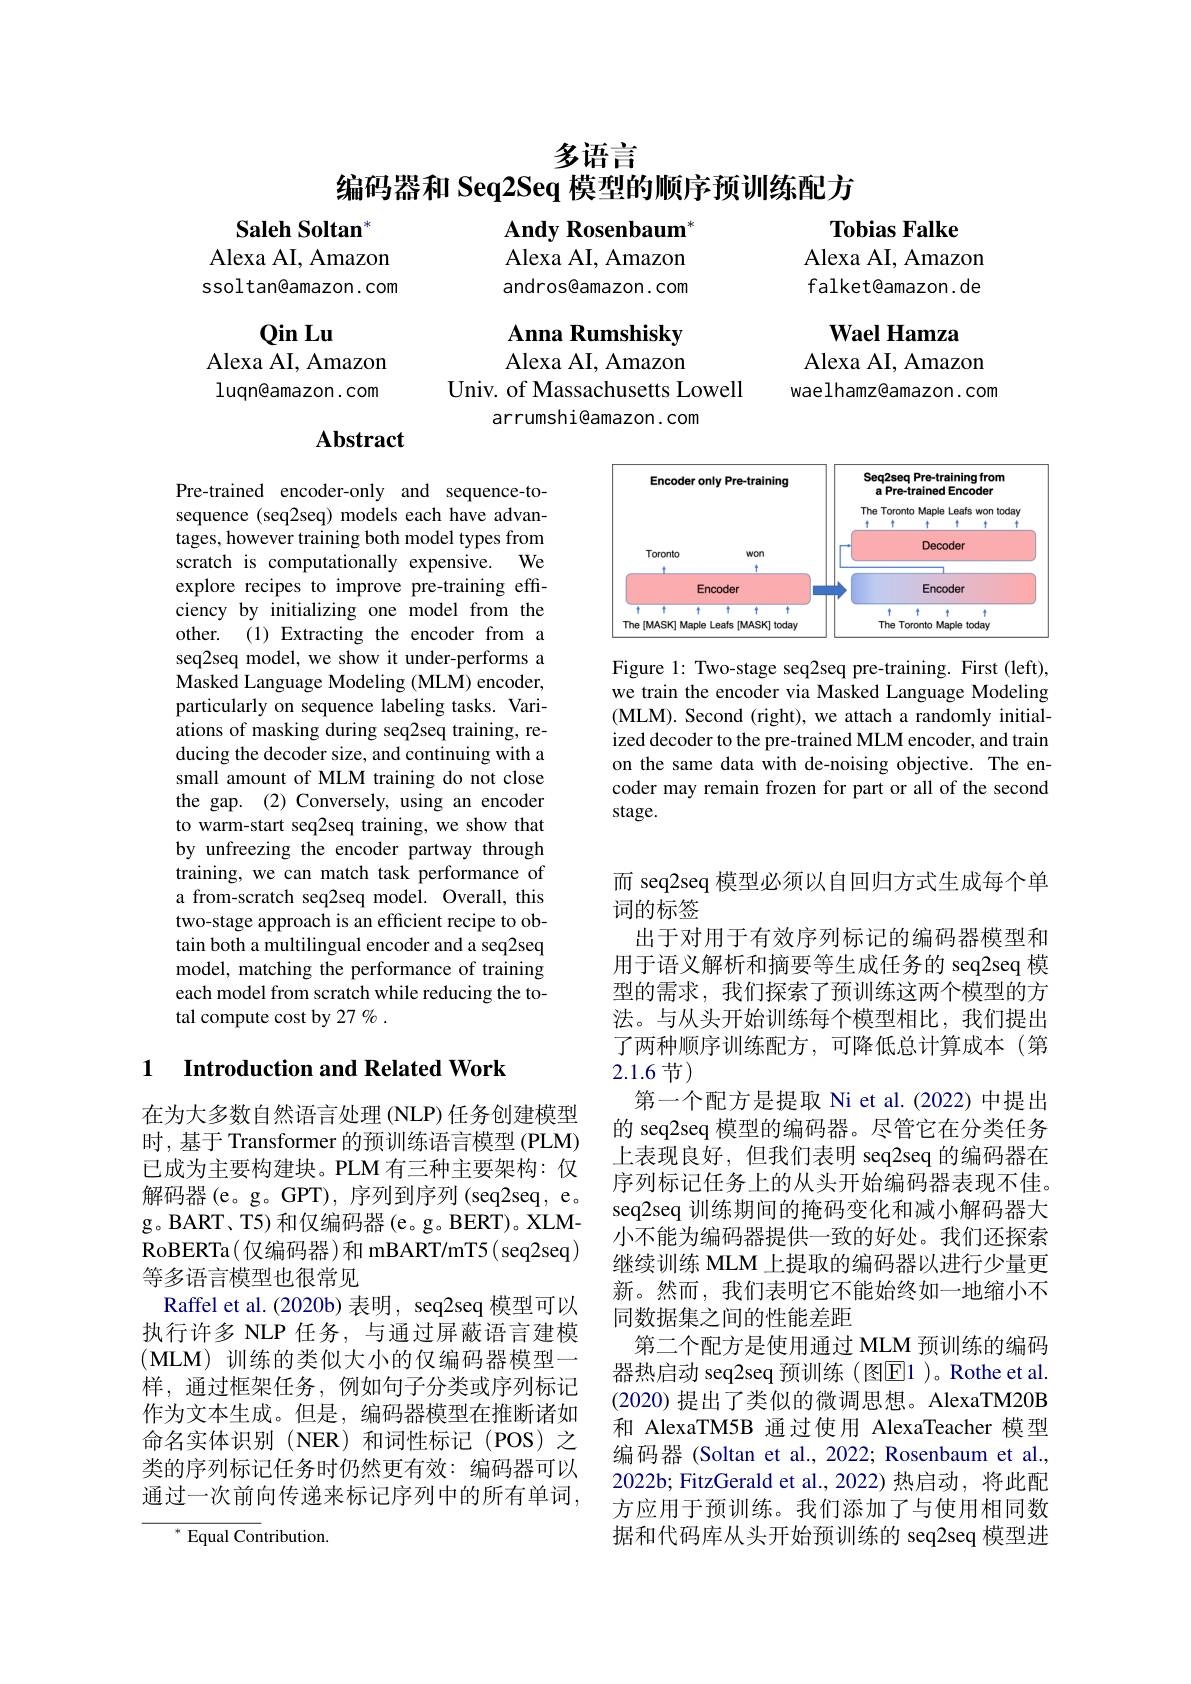
多语言

编码器和 Seq2Seq 模型的顺序预训练配方

Andy Rosenbaum"

Tobias Falke
Alexa AI, Amazon falket@amazon.de

Saleh Soltan
Alexa AI, Amazon ssoltan@amazon.com

Alexa AI, Amazon

andros@amazon.com

Anna Rumshisky Alexa AI, Amazon

QinLu
Alexa AI, Amazon luqn@amazon.com

Wael Hamza
Alexa AI, Amazon waelhamz@amazon.com

Univ. of Massachusetts Lowell
arrumshi@amazon.com

## $\mathbf{Abstract}$

<FigureHere>

Figure 1: Two-stage seq2seq pre-training. First (left), we train the encoder via Masked Language Modeling (MLM). Second (right), we attach a randomly initialized decoder to the pre-trained MLM encoder, and train on the same data with de-noising objective. The encoder may remain frozen for part or all of the second stage.

Pre-trained encoder-only and sequence-tosequence (seq2seq) models each have advantages, however training both model types from scratch is computationally expensive. We explore recipes to improve pre-training efficiency by initializing one model from the other.(1) Extracting the encoder from a seq2seq model, we show it under-performs a $\hat{\text{Masked Language Modeling (MLM) encoder,}}$ particularly on sequence labeling tasks. Variations of masking during seq2seq training, reducing the decoder size, and continuing with a small amount of MLM training do not close the gap. (2) Conversely, using an encoder to warm-start seq2seq training, we show that by unfreezing the encoder partway through training, we can match task performance of a from-scratch seq2seq model. Overall, this two-stage approach is an efficient recipe to obtain both a multilingual encoder and a seq2seq model, matching the performance of training each model from scratch while reducing the total compute cost by 27 % .

而 seq2seq 模型必须以自回归方式生成每个单
词的标签
出于对用于有效序列标记的编码器模型和用于语义解析和摘要等生成任务的 seq2seq 模型的需求，我们探索了预训练这两个模型的方法。与从头开始训练每个模型相比，我们提出了两种顺序训练配方，可降低总计算成本(第2.1.6节)

### 1 $\textbf{Introduction and Related Work}$

# 第一个配方是提取 Ni et al.(2022)中提出

在为大多数自然语言处理 (NLP) 任务创建模型时，基于 Transformer 的预训练语言模型 (PLM) 已成为主要构建块。PLM 有三种主要架构：仅解码器(e。g。GPT), 序列到序列 (seq2seq, e。g。BART、T5) 和仅编码器(e。g。BERT)。XLMRoBERTa(仅编码器)和 mBART/mT5(seq2seq) 等多语言模型也很常见
Raffel et al. ( 2020b) 表 明 , seq2seq 模 型 可 以 执行许多 NLP 任务，与通过屏蔽语言建模(MLM)训练的类似大小的仅编码器模型一样，通过框架任务，例如句子分类或序列标记作为文本生成。但是，编码器模型在推断诸如命名实体识别(NER)和词性标记(POS)之类的序列标记任务时仍然更有效：编码器可以通过一次前向传递来标记序列中的所有单词，

的 seq2seq 模型的编码器。尽管它在分类任务上表现良好，但我们表明 seq2seq 的编码器在序列标记任务上的从头开始编码器表现不佳。seq2seq 训练期间的掩码变化和减小解码器大小不能为编码器提供一致的好处。我们还探索继续训练 MLM 上提取的编码器以进行少量更新。然而，我们表明它不能始终如一地缩小不同数据集之间的性能差距
第二个配方是使用通过 MLM 预训练的编码器热启动 seq2seq 预训练 (图$\overline{\mathrm{E}}$1 )。Rothe et al. (2020) 提出了类似的微调思想。AlexaTM20B 和 AlexaTM5B 通过使用 AlexaTeacher 模型编码器 (Soltan et al., 2022; Rosenbaum et al. 2022b; FitzGerald et al., 2022) 热启动，将此配方应用于预训练。我们添加了与使用相同数据和代码库从头开始预训练的 seq2seq 模型进

${^*\text{Equal Con}}$tribution.